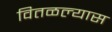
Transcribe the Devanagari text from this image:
वितळल्यास